Indian journal of veterinary science and animal husbandry - Volume 11,
Year: 1941
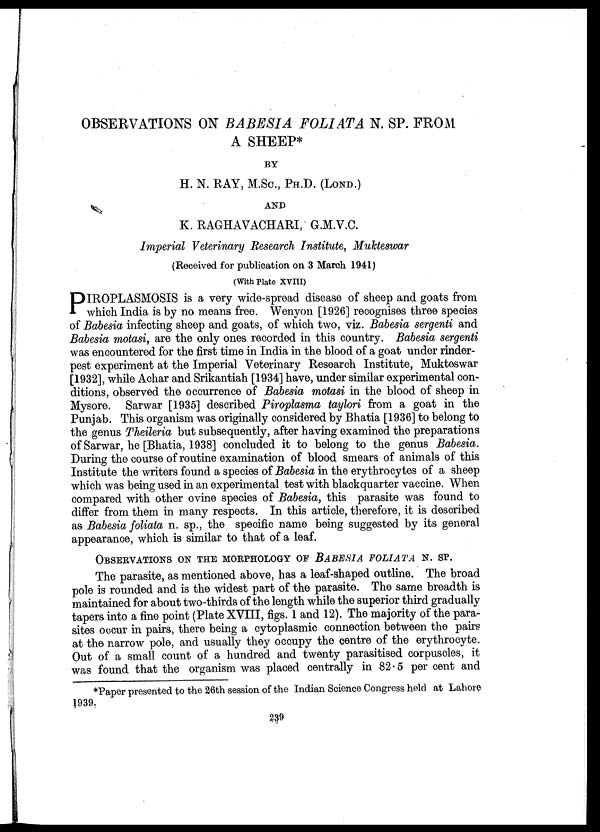
OBSERVATIONS ON BABESIA FOLIATA N. SP. FROM
A SHEEP*
BY
H. N. RAY, M.Sc., PH.D. (LOND.)
AND
K. RAGHAVACHARI, G.M.V.C.
Imperial Veterinary Research Institute, Mukteswar
(Received for publication on 3 March 1941)
(With Plate XVIII)
P IROPLASMOSIS is a very wide-spread disease of sheep and goats from
which India is by no means free. Wenyon [1926] recognises three species
of Babesia infecting sheep and goats, of which two, viz. Babesia sergenti and
Babesia motasi, are the only ones recorded in this country. Babesia sergenti
was encountered for the first time in India in the blood of a goat under rinder-
pest experiment at the Imperial Veterinary Research Institute, Mukteswar
[1932], while Achar and Srikantiah [1934] have, under similar experimental con-
ditions, observed the occurrence of Babesia motasi in the blood of sheep in
Mysore. Sarwar [1935] described Piroplasma taylori from a goat in the
Punjab. This organism was originally considered by Bhatia [1936] to belong to
the genus Theileria but subsequently, after having examined the preparations
of Sarwar, he [Bhatia, 1938] concluded it to belong to the genus Babesia.
During the course of routine examination of blood smears of animals of this
Institute the writers found a species of Babesia in the erythrocytes of a sheep
which was being used in an experimental test with blackquarter vaccine. When
compared with other ovine species of Babesia, this parasite was found to
differ from them in many respects. In this article, therefore, it is described
as Babesia foliata n. sp., the specific name being suggested by its general
appearance, which is similar to that of a leaf.
OBSERVATIONS ON THE MORPHOLOGY OF BABESIA FOLIATA N. SP.
The parasite, as mentioned above, has a leaf-shaped outline. The broad
pole is rounded and is the widest part of the parasite. The same breadth is
maintained for about two-thirds of the length while the superior third gradually
tapers into a fine point (Plate XVIII, figs. 1 and 12). The majority of the para-
sites occur in pairs, there being a cytoplasmic connection between the pairs
at the narrow pole, and usually they occupy the centre of the erythrocyte.
Out of a small count of a hundred and twenty parasitised corpuscles, it
was found that the organism was placed centrally in 82.5 per cent and
*Paper presented to the 26th session of the Indian Science Congress held at Lahore
1939.
239